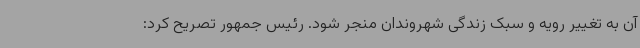
آن به تغییر رویه و سبک زندگی شهروندان منجر شود. رئیس جمهور تصریح کرد: